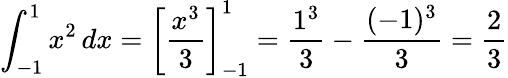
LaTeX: \int_{-1}^{1}x^{2}\, dx=\left[{\frac{x^{3}}{3}}\right]_{-1}^{1}={\frac{1^{3}}{3}}-{\frac{(-1)^{3}}{3}}={\frac{2}{3}}